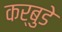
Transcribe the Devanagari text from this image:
कर्बुडे